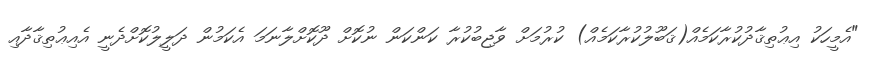
"އެމީހަކު އިޢުތިޤާދުކުރާކަމެއް(ޤަބޫލުކުރާކަމެއް) ކުރުމަށް ވާޖިބުކުރާ ކަންކަން ނުކޮށް ދޫކޮށްލާނަމަ އެކަމުން ދަލީލުކޮށްދެނީ އެއިޢުތިޤާދާއި